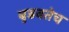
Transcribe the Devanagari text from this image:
बुडवतेच